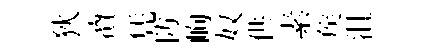
狄凟凭防峋奴供素矦沮